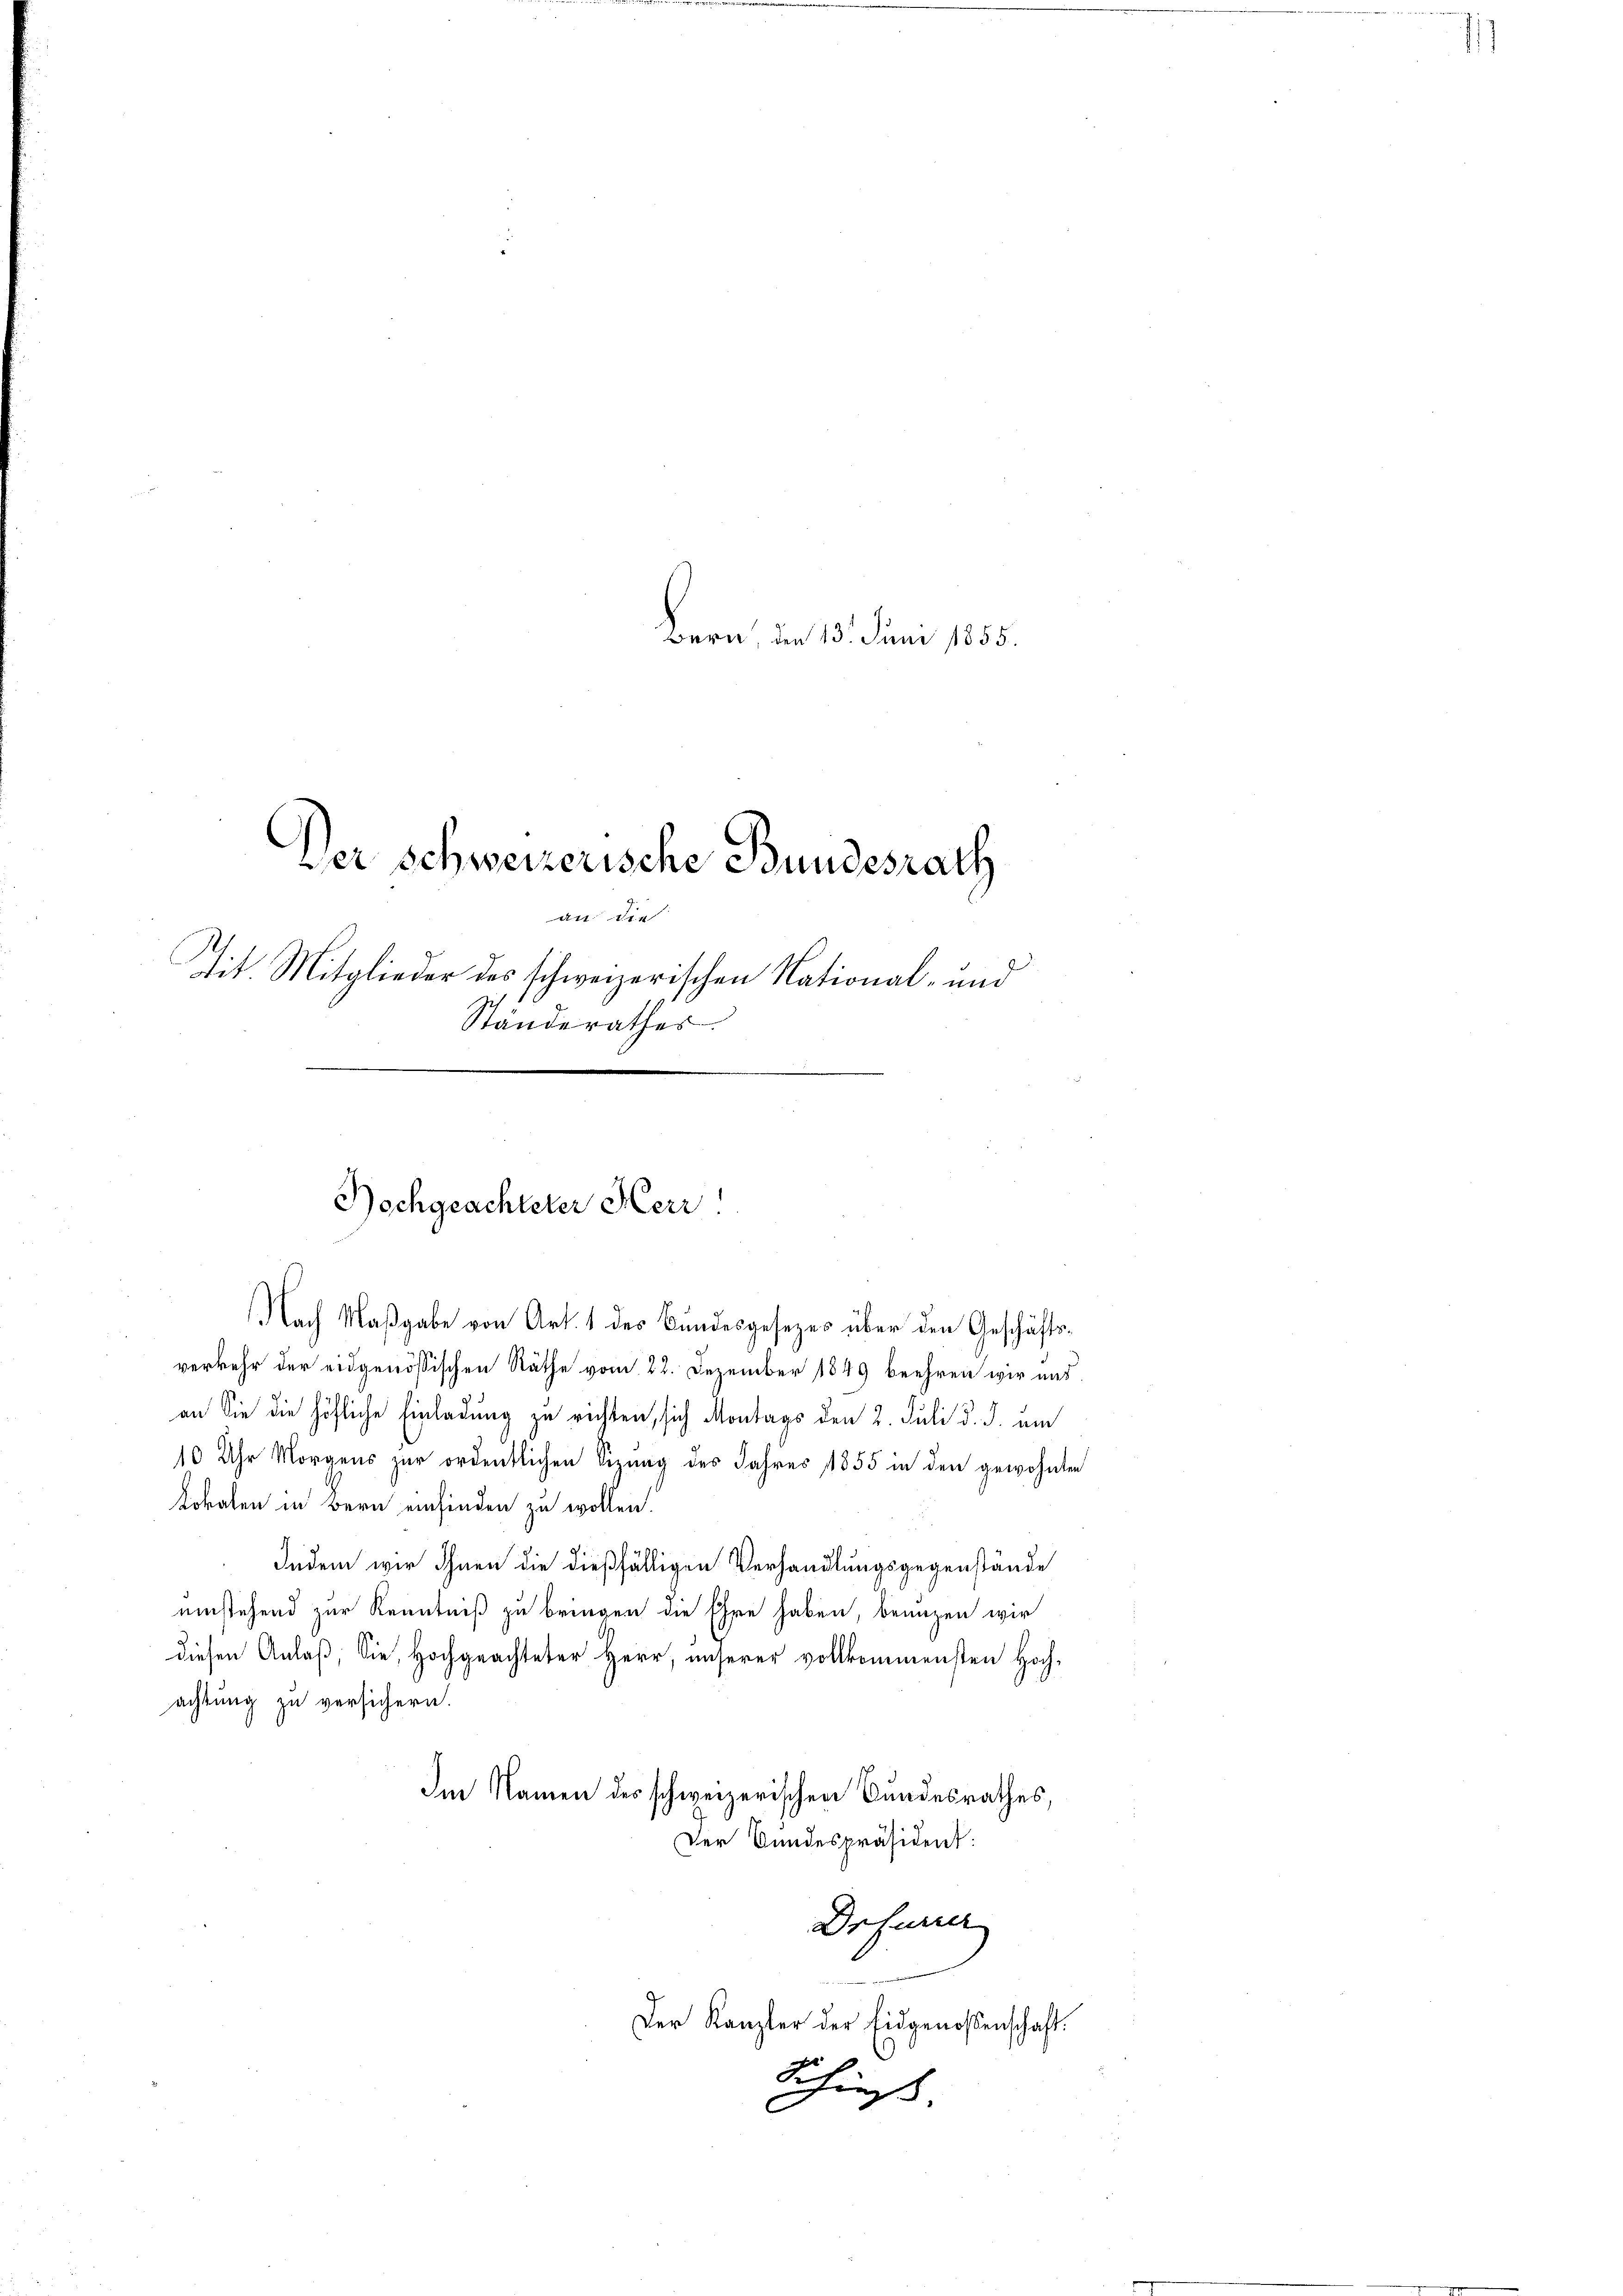
Bern, dem 13. Juni 1855.
Der Schweizerische Bundesrath
an die
Tit Mitglieder des schweizerischen National- und
Ständerathes.

Hochgeachteter Herr

Nach Maßgabe von Art. 1 des Bundesgesezes über den Geschäftsverkehr der eidgenössischen Räthe vom 22. Dezember 1849 beehren wir und
an Sie die höfliche Einladung zu richten, sich Montags den 2. Juli d. J. ein
10 Uhr Morgens zur ordentlichen Sizung des Jahres 1855 in den gewohnten
Lokalen in Bern einfinden zu wollen.
Indem wir Ihnen die dießfälligen Verhandlungsgegenstände
einstehend zur Kenntniß zu bringen die Ehre haben, benuzen wir
diesen Anlaß, Sie, Hochgeachteter Herr, unserer vollkommensten Hoch-
achtung zu versichern.
Im Namen des schweizerischen Bundesrathes,
Der Bundespräsident:
Drfurier
Der Kanzler der Eidgenoßenschaft.
Schieß